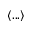
\left< . . . \right>